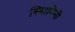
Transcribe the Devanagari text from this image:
स्वािमिनी